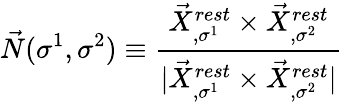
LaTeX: \vec{N}(\sigma^{1},\sigma^{2})\equiv\frac{\vec{X}_{,\sigma^{1}}^{rest}\times\vec{X}_{,\sigma^{2}}^{rest}}{|\vec{X}_{,\sigma^{1}}^{rest}\times\vec{X}_{,\sigma^{2}}^{rest}|}